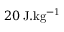
2 0 \, \mathrm { J . k g ^ { - 1 } }